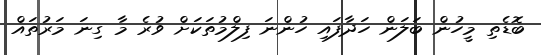
ބޮޑެތި މީހުން ބަލަން ހަދާފައި ހުންނަ ފިލްމުތަކަށް ވުރެ މާ ގިނަ މަރުތައް